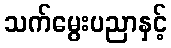
သက်မွေးပညာနှင့်